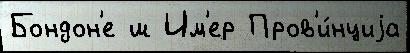
Бондон'е ш Им'ер Пров'и́нциjа